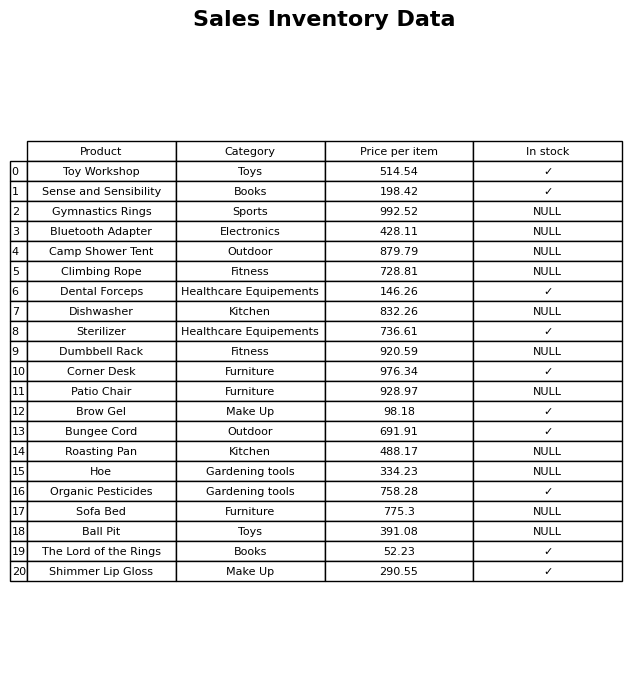
question: What is the stock status of the Ball Pit?
answer: NULL